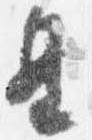
皇